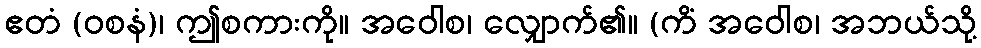
ဧတံ (ဝစနံ)၊ ဤစကားကို။ အဝေါစ၊ လျှောက်၏။ (ကိံ အဝေါစ၊ အဘယ်သို့